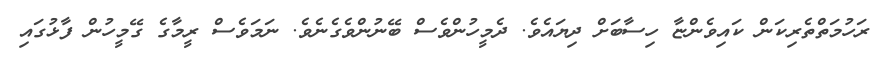
ރަހުމަތްތެރިކަން ކައިވެންޏާ ހިސާބަށް ދިޔައެވެ. ދެމީހުންވެސް ބޭނުންވެގެނެވެ. ނަމަވެސް ރީމާގެ ގޭމީހުން ފާޅުގައި